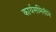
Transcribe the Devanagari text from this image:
कार्यसमितीने